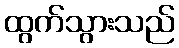
ထွက်သွားသည်